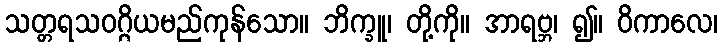
သတ္တရသဝဂ္ဂိယမည်ကုန်သော။ ဘိက္ခူ၊ တို့ကို။ အာရဗ္ဘ၊ ၍။ ဝိကာလေ၊